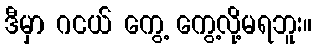
ဒီမှာ ဂငယ် ကွေ့ ကွေ့လို့မရဘူး။